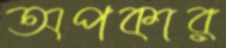
অপকার